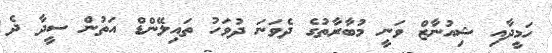
ހަމީދާއި ޝިއުނާޒް ވަނީ މުބާރާތުގެ ދެވަނަ ދުވަހު ތައިލޭންޑް އަތުން ސީދާ ދެ